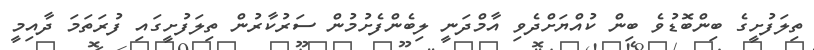
ތިލަފުށީގެ ބިންބޮޑުވެ ބިން ކުއްޔަށްދެވި އާމްދަނީ ލިބެންފެށުމުން ސަރުކާރުން ތިލަފުށީގައި ފުރަތަމަ ދާއިމީ